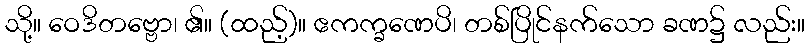
သို့။ ဝေဒိတဗ္ဗော၊ ၏။ (ထည့်)။ ဧကက္ခဏေပိ၊ တစ်ပြိုင်နက်သော ခဏ၌ လည်း။